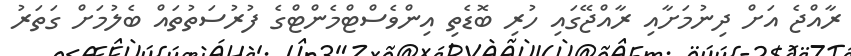
ރާއްޖެ އަށް ދިނުމަށާއި ރާއްޖޭގައި ހުރި ބޮޑެތި އިންވެސްޓްމެންޓްގެ ފުރުސަތުތައް ބެލުމަށް ގަތަރު